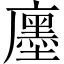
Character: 𢋨